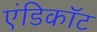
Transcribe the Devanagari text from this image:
एंडिकॉट